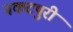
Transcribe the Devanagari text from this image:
नकटपुरी